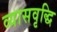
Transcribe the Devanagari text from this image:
व्यासवृद्धि